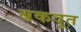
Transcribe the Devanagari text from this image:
बकदूत